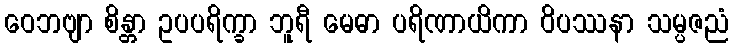
ဝေဘဗျာ စိန္တာ ဥပပရိက္ခာ ဘူရီ မေဓာ ပရိဏာယိကာ ဝိပဿနာ သမ္ပဇညံ